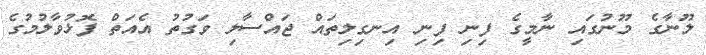
ލޫނާގެ މޫނުގައި ނާމީގެ ފިނި ފިނި އިނގިލިތައް ޖައްސާލި ވަގުތު އެއަތް ފޮޅުވާލުމުގެ